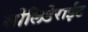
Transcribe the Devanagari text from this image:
सोलिडेराईट